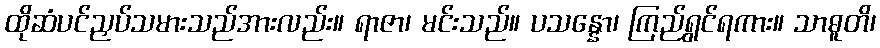
ထိုဆံပင်ညှပ်သမားသည်အားလည်း။ ရာဇာ၊ မင်းသည်။ ပသန္နော၊ ကြည်ရွှင်ရကား။ သာဓူတိ၊